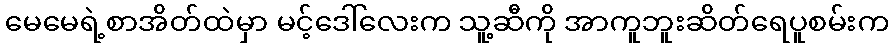
မေမေရဲ့စာအိတ်ထဲမှာ မင့်ဒေါ်လေးက သူ့ဆီကို အာကူဘူးဆိတ်ရေပူစမ်းက